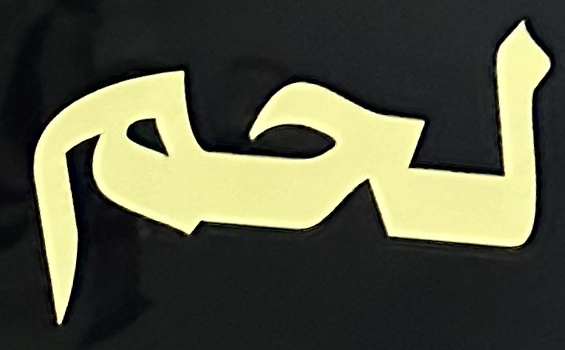
لحم